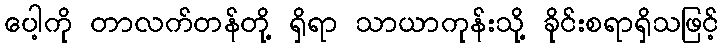
ပေါ့ကို တာလက်တန်တို့ ရှိရာ သာယာကုန်းသို့ ခိုင်းစရာရှိသဖြင့်